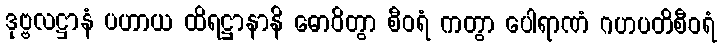
ဒုဗ္ဗလဋ္ဌာနံ ပဟာယ ထိရဋ္ဌာနာနိ ဓောဝိတွာ စီဝရံ ကတွာ ပေါရာဏံ ဂဟပတိစီဝရံ